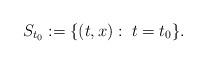
LaTeX: \begin{align*}S_{t_0} := \{(t,x):\; t=t_0 \}.\end{align*}